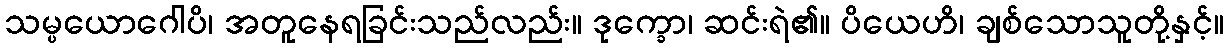
သမ္ပယောဂေါပိ၊ အတူနေရခြင်းသည်လည်း။ ဒုက္ခော၊ ဆင်းရဲ၏။ ပိယေဟိ၊ ချစ်သောသူတို့နှင့်။